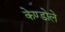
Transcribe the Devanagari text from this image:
केण्डोले